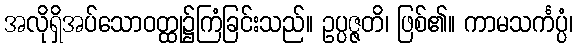
အလိုရှိအပ်သောဝတ္ထု၌ကြံခြင်းသည်။ ဥပ္ပဇ္ဇတိ၊ ဖြစ်၏။ ကာမသင်္ကပ္ပံ၊